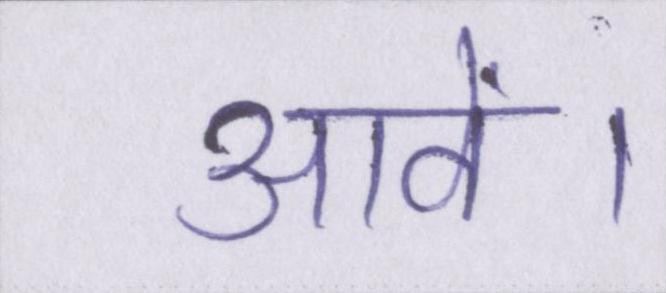
आवें।